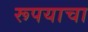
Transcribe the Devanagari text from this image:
रूपयाचा